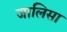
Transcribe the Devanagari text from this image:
जालिसा